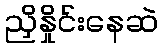
ညှိနှိုင်းနေဆဲ